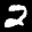
Digit: 2